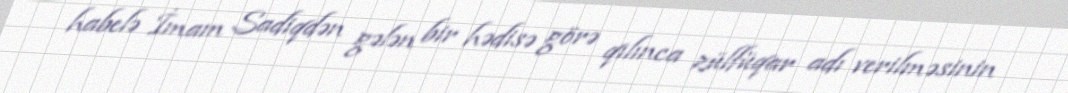
habelə İmam Sadiqdən gələn bir hədisə görə qılınca zülfüqar adı verilməsinin